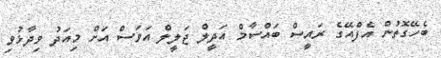
ބެހޭގޮތުން އެފްއޭގެ ރައީސް ބައްސާމް އަދީލް ޖަލީލް އަވަސް އަށް މިއަދު ވިދާޅުވި